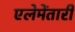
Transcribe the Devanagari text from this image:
एलेमेंतारी